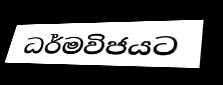
ධර්මවිජයට